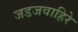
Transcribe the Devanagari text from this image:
जडजवाहिरे